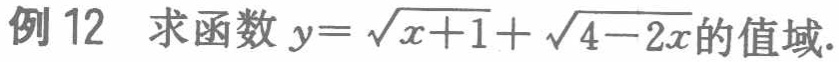
例 12 求函数 \(y = \sqrt{x + 1}+\sqrt{4 - 2x}\) 的值域.